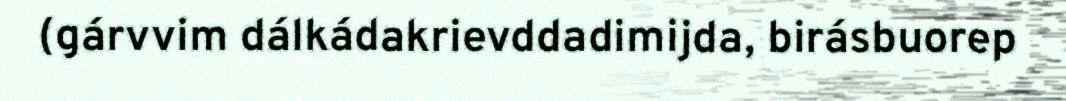
(gárvvim dálkádakrievddadimijda, birásbuorep